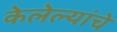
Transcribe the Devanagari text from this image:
केलेल्यांचे